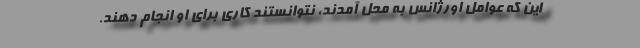
این که عوامل اورژانس به محل آمدند، نتوانستند کاری برای او انجام دهند.